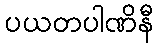
ပယတပါဏိနီ